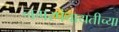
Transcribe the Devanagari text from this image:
नगरपंचायतीच्या